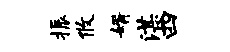
振攸婿湛四